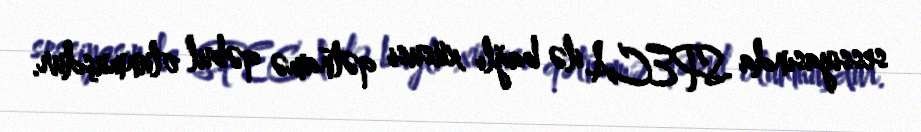
sessiyasında SPECA ilə bağlı xüsusi qətnamə qəbul olunmuşdur.